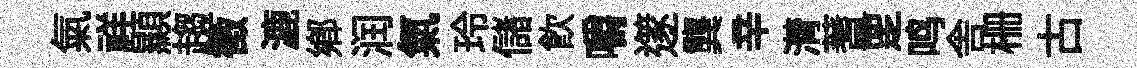
氣祥顯趨徵漉鄉润氣玲儲飲嚼𨗹龔辛潸蓍覂鸣舎栅古